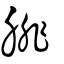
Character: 腓